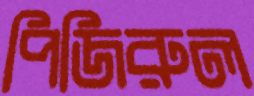
পিজিরুল